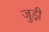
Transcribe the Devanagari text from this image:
जुड़ी़